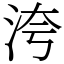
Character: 洿